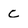
Character: c